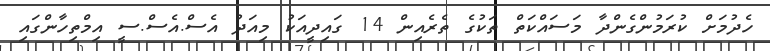
ހެދުމަށް ކުރަމުންގެންދާ މަސައްކަތް ތަކުގެ ތެރެއިން 14 ގައިދީއަކު މިއަދު އެސް.އެސް.ސީ އިމްތިހާންގައި